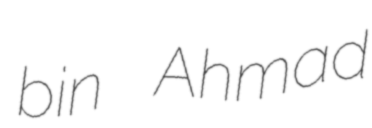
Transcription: bin Ahmad